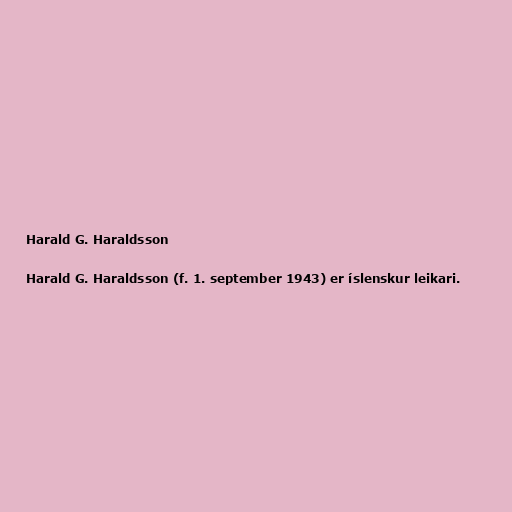
Harald G. Haraldsson

Harald G. Haraldsson (f. 1. september 1943) er íslenskur leikari.